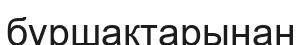
бұршақтарынан